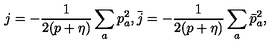
j = - \frac { 1 } { 2 ( p + \eta ) } \sum _ { a } p _ { a } ^ { 2 } , \bar { j } = - \frac { 1 } { 2 ( p + \eta ) } \sum _ { a } \bar { p } _ { a } ^ { 2 } ,